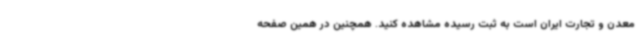
معدن و تجارت ایران است به ثبت رسیده مشاهده کنید. همچنین در همین صفحه